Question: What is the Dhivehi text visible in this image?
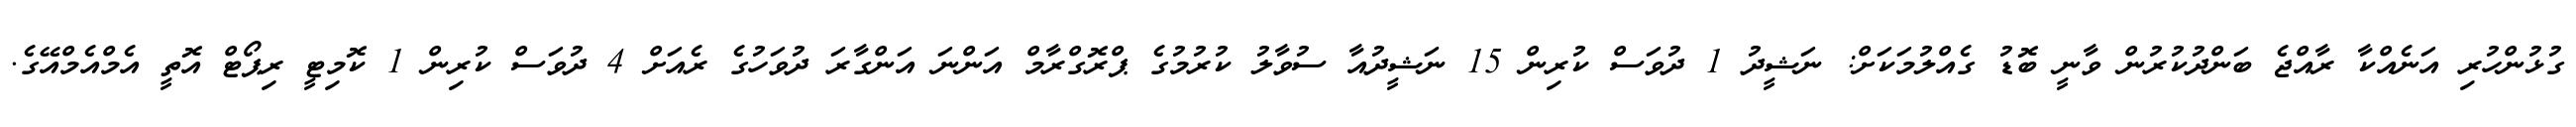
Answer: ގުޅުންހުރި އަނެއްކާ ރާއްޖެ ބަންދުކުރުން ވާނީ ބޮޑު ގެއްލުމަކަށް: ނަޝީދު 1 ދުވަސް ކުރިން 15 ނަޝީދުއާ ސުވާލު ކުރުމުގެ ޕްރޮގްރާމް އަންނަ އަންގާރަ ދުވަހުގެ ރެއަށް 4 ދުވަސް ކުރިން 1 ކޮމިޓީ ރިޕޯޓް އޮތީ އެމްއެމްއޭގެ.